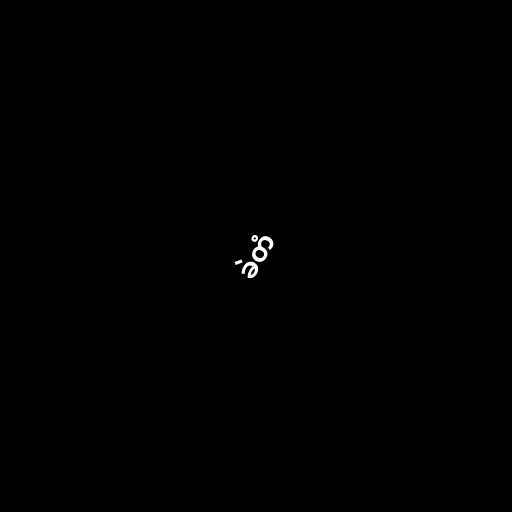
ခဲတံ